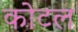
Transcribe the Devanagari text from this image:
कोटल